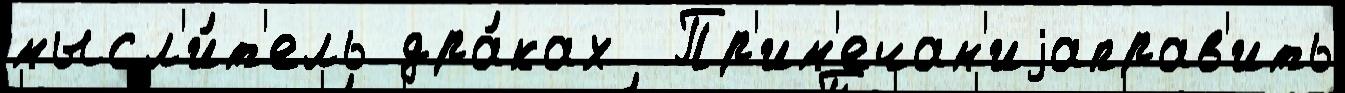
мысл'и́т'ель дра́ках  Пр'им'ечан'иjаправ'ить